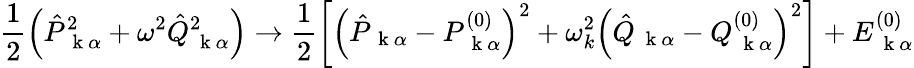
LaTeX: \frac{1}{2}\left(\hat{P}_{\mathrm{~\mathbf~k~}\alpha}^{2}+\omega^{2}\hat{Q}_{\mathrm{~\mathbf~k~}\alpha}^{2}\right)\to\frac{1}{2}\left[\left(\hat{P}_{\mathrm{~\mathbf~k~}\alpha}-P_{\mathrm{~\mathbf~k~}\alpha}^{(0)}\right)^{2}+\omega_{k}^{2}\left(\hat{Q}_{\mathrm{~\mathbf~k~}\alpha}-Q_{\mathrm{~\mathbf~k~}\alpha}^{(0)}\right)^{2}\right]+E_{\mathrm{~\mathbf~k~}\alpha}^{(0)}